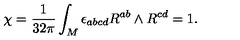
\chi = \frac { 1 } { 3 2 \pi } \int _ { M } \epsilon _ { a b c d } R ^ { a b } \land R ^ { c d } = 1 .